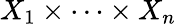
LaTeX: X_{1}\times\cdots\times X_{n}